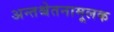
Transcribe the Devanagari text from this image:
अन्तश्चेतनामूलक